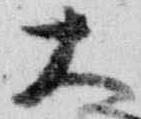
大